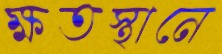
ক্ষতস্থানে